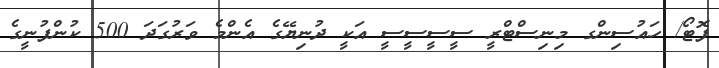
ފޮޓޯ/ ހައުސިންގ މިނިސްޓްރީ ސީސީސީސީ އަކީ ދުނިޔޭގެ އެންމެ ވަރުގަދަ 500 ކުންފުނީގެ